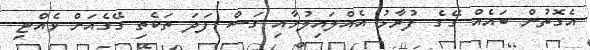
އެގޮތުން ބައެއް ގޭގެ ފުރާޅު އެއްލައިލުމާއި ގަސް ފަދަ ތަކެތި ގޭގެއަށް ވެއްޓި